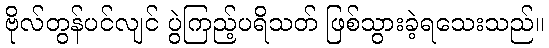
ဗိုလ်တွန်ပင်လျင် ပွဲကြည့်ပရိသတ် ဖြစ်သွားခဲ့ရသေးသည်။